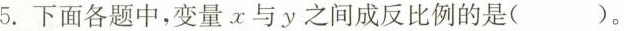
5.下面各题中，变量x与y之间成反比例的是( )。